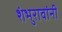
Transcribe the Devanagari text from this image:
शंभुरावांनी